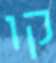
קו